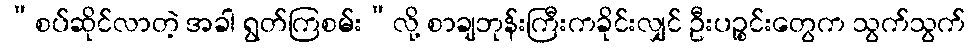
“စပ်ဆိုင်လာတဲ့ အခါ ရွတ်ကြစမ်း”လို့ စာချဘုန်းကြီးကခိုင်းလျှင် ဦးပဉ္စင်းတွေက သွက်သွက်